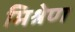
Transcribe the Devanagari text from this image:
मिश्रेण